Report on sanitation, dispensaries, and jails in Rajputana for 1920, and on vaccination for the year 1920-1921 - 1920-1921
Year: 1920
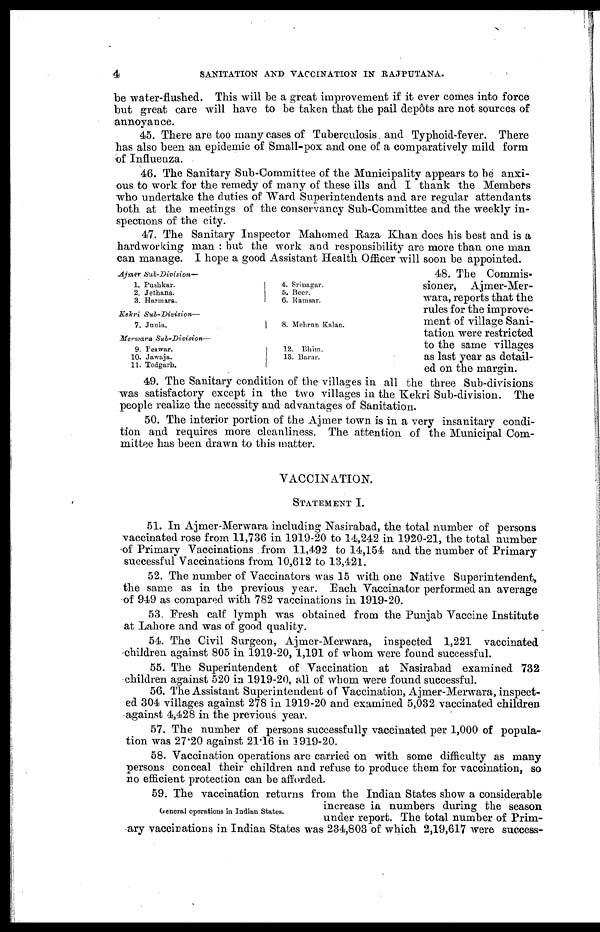
4
SANITATION AND VACCINATION IN RAJPUTANA.
be water-flushed. This will be a great improvement if it ever comes into force
but great care will have to be taken that the pail depôts are not sources of
annoyance.
45. There are too many cases of Tuberculosis and Typhoid-fever. There
has also been an epidemic of Small-pox and one of a comparatively mild form
of Influenza.
46. The Sanitary Sub-Committee of the Municipality appears to be anxi-
ous to work for the remedy of many of these ills and I thank the Members
who undertake the duties of Ward Superintendents and are regular attendants
both at the meetings of the conservancy Sub-Committee and the weekly in-
spections of the city.
Ajmer
Sub-Division—
1. Pushkar.
2. Jethana.
3. Harmara.
Kekri
Sub-Division—
7. Junia.
Merwara
Sub-Division—
9. Peawar.
10. Jawaja.
11. Todgarh.
4. Srinagar.
5. Beer.
6. Ramsar.
8. Mehrun Kalan.
12. Bhim.
13. Barar.
47. The Sanitary Inspector Mahomed Raza Khan does his best and is a
hardworking man : but the work and responsibility are more than one man
can manage. I hope a good Assistant Health Officer will soon be appointed.
48. The Commis-
sioner, Ajmer-Mer-
wara, reports that the
rules for the improve-
ment of village Sani-
tation were restricted
to the same villages
as last year as detail-
ed on the margin.
49. The Sanitary condition of the villages in all the three Sub-divisions
was satisfactory except in the two villages in the Kekri Sub-division. The
people realize the necessity and advantages of Sanitation.
50. The interior portion of the Ajmer town is in a very insanitary condi-
tion and requires more cleanliness. The attention of the Municipal Com-
mittee has been drawn to this matter.
VACCINATION.
STATEMENT I.
51. In Ajmer-Merwara including Nasirabad, the total number of persons
vaccinated rose from 11,736 in 1919-20 to 14,242 in 1920-21, the total number
of Primary Vaccinations from 11,492 to 14,154 and the number of Primary
successful Vaccinations from 10,612 to 13,421.
52. The number of Vaccinators was 15 with one Native Superintendent,
the same as in the previous year. Each Vaccinator performed an average
of 949 as compared with 782 vaccinations in 1919-20.
53. Fresh calf lymph was obtained from the Punjab Vaccine Institute
at Lahore and was of good quality.
54. The Civil Surgeon, Ajmer-Merwara, inspected 1,221 vaccinated
children against 805 in 1919-20, 1,191 of whom were found successful.
55. The Superintendent of Vaccination at Nasirabad examined 732
children against 520 in 1919-20, all of whom were found successful.
56. The Assistant Superintendent of Vaccination, Ajmer-Merwara, inspect-
ed 304 villages against 278 in 1919-20 and examined 5,032 vaccinated children
against 4,428 in the previous year.
57. The number of persons successfully vaccinated per 1,000 of popula-
tion was 27.20 against 21.16 in 1919-20.
58. Vaccination operations are carried on with some difficulty as many
persons conceal their children and refuse to produce them for vaccination, so
no efficient protection can be afforded.
General operations in Indian States.
59. The vaccination returns from the Indian States show a considerable
increase in numbers during the season
under report. The total number of Prim-
ary vaccinations in Indian States was 234,803 of which 2,19,617 were success-